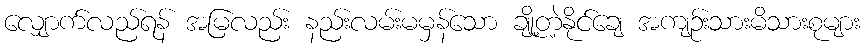
လျှောက်လည်ရန် အမြလည်း နည်းလမ်းမမှန်သော ချို့တဲ့နိုင်ချေ အကျဉ်းသားမိသားစုများ